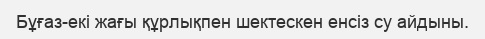
Бұғаз-екі жағы құрлықпен шектескен енсіз су айдыны.